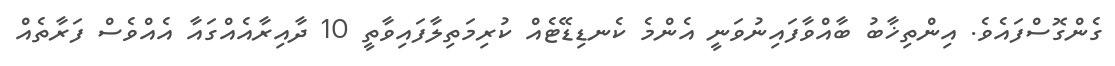
ގެންގޮސްފައެވެ. އިންތިޚާބު ބާއްވާފައިނުވަނީ އެންމެ ކެނޑިޑޭޓެއް ކުރިމަތިލާފައިވާތީ 10 ދާއިރާއެއްގައާ އެއްވެސް ފަރާތެއް